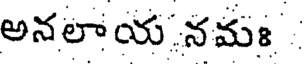
అనలాయ నమః